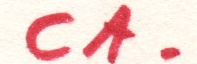
CA.